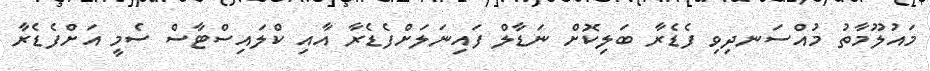
މައުލޫމާތު މުއްސަނދިވި ފެޑެރާ ބަލިކޮށް ނަޑާލް ފައިނަލަށްފެޑެރާ އާއި ކްލައިސްޓާސް ސެމީ އަށްފެޑެރާ